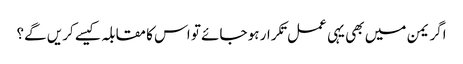
اگر یمن میں بھی یہی عمل تکرار ہو جائے تو اس کا مقابلہ کیسے کریں گے؟